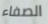
الصفاء